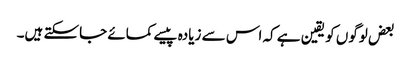
بعض لوگوں کو یقین ہے کہ اس سے زیادہ پیسے کمائے جاسکتے ہیں۔